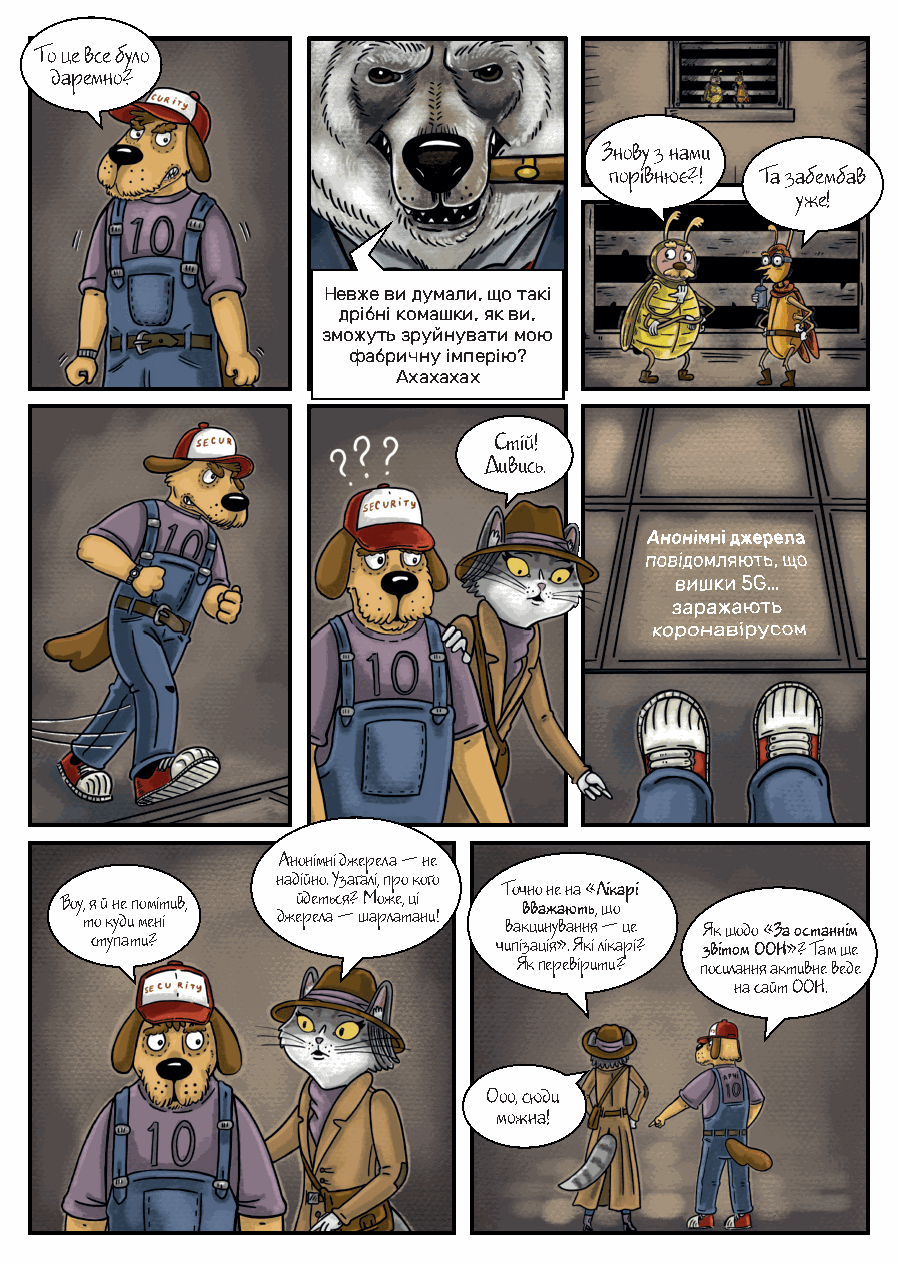
То це все було
 даремно?
 Знову з нами
 порівнює?! Та забембав
 уже!
 Невже ви думали, що такі
 дрібні комашки, як ви,
 зможуть зруйнувати мою
 фабричну імперію?
 Ахахахах
 Стій!
 Дивись.
 Анонімні джерела — не
 надійно. Узагалі, про кого
 Точно не на «Лікарі
 Воу, я й не помітив, йдеться? Може, ці вважають, що
 то куди мені джерела — шарлатани! вакцинування — це Як щодо «За останнім
 ступати?                   чипізація». Які лікарі? звітом ООН»? Там ще
 Як перевірити? посилання активне веде
 на сайт ООН.
 Ооо, сюди
 можна!